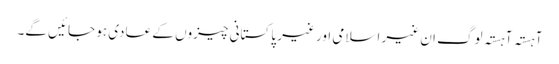
آہستہ آہستہ لوگ ان غیر اسلامی اور غیر پاکستانی چیزوں کے عادی ہو جائیں گے۔